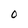
Character: O